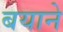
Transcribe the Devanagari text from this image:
बयाने